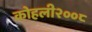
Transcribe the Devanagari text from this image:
कोहली२००८